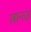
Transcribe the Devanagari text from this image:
लान्त्ज़